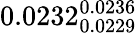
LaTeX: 0.0232_{0.0229}^{0.0236}